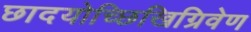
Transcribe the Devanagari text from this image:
छादयोच्छिखिग्रिवेण